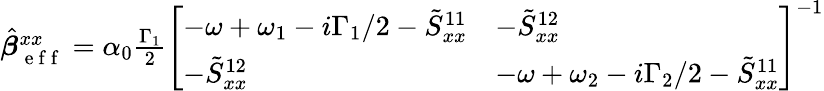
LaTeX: \begin{array}{r}{\hat{\boldsymbol{\beta}}_{\mathrm{~e~f~f~}}^{xx}=\alpha_{0}\frac{\Gamma_{1}}{2}\left[\begin{array}{ll}{-\omega+\omega_{1}-i\Gamma_{1}/2-\tilde{S}_{xx}^{11}}&{-\tilde{S}_{xx}^{12}}\\ {-\tilde{S}_{xx}^{12}}&{-\omega+\omega_{2}-i\Gamma_{2}/2-\tilde{S}_{xx}^{11}}\end{array}\right]^{-1}}\end{array}